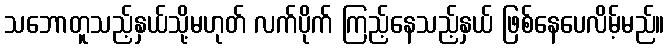
သဘောတူသည့်နှယ်သို့မဟုတ် လက်ပိုက် ကြည့်နေသည့်နှယ် ဖြစ်နေပေလိမ့်မည်။